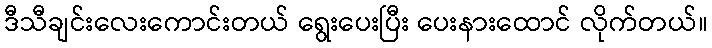
ဒီသီချင်းလေးကောင်းတယ် ရွေးပေးပြီး ပေးနားထောင် လိုက်တယ်။